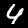
Label: 4